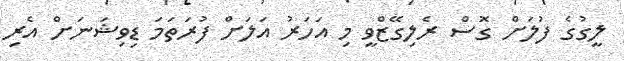
ލީގުގެ ފުލަށް ގޮސް ރެލިގޭޒްވީ މި އަހަރު އަލަށް ފުރަތަމަ ޑިވިޝަނަށް އެރި